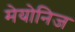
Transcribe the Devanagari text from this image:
मेयोनिज